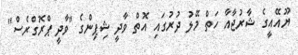
ޔޫއޭއީގެ ޝާރުޖާއާ ހަތް މޭލު ދުރުގައި އޮތް ވާދީ ޝިޕިންގެ "ވާދީ ޕްރޮގްރެސް"